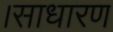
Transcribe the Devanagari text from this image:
।साधारण